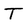
Character: T